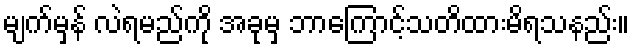
မျက်မှန် လဲရမည်ကို အခုမှ ဘာကြောင့်သတိထားမိရသနည်း။